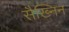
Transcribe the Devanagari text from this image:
सैख्निन